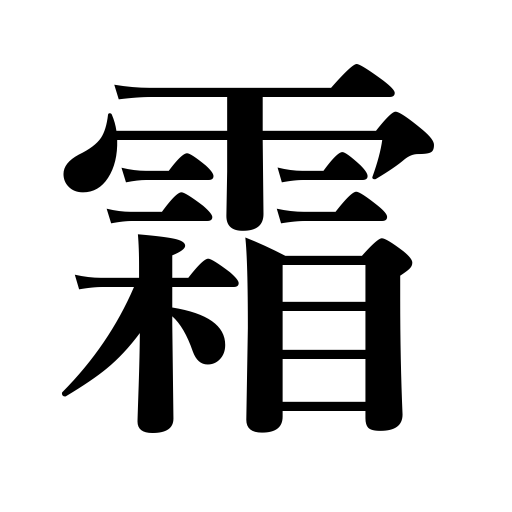
Meanings: frost